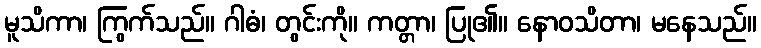
မူသိကာ၊ ကြွက်သည်။ ဂါဓံ၊ တွင်းကို။ ကတ္တာ၊ ပြု၏။ နောဝသိတာ၊ မနေသည်။